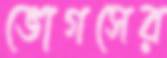
ভোগসের